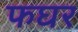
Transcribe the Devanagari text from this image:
फघर